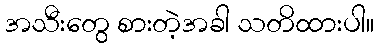
အသီးတွေ စားတဲ့အခါ သတိထားပါ။